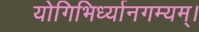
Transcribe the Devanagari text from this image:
योगिभिर्ध्यानगम्यम्।